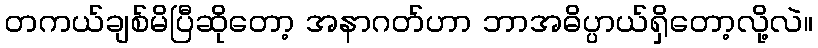
တကယ်ချစ်မိပြီဆိုတော့ အနာဂတ်ဟာ ဘာအဓိပ္ပာယ်ရှိတော့လို့လဲ။